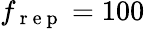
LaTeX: f_{\mathrm{~r~e~p~}}=100